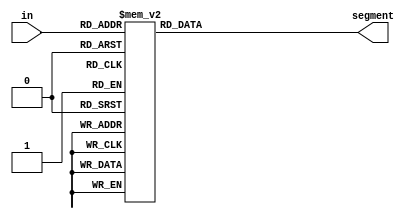
`timescale 1ns / 1ps
//////////////////////////////////////////////////////////////////////////////////
// Company: 
// Engineer: 
// 
// Design Name: 
// Module Name: seven_segment_decoder
// Project Name: 
// Target Devices: 
// Tool Versions: 
// Description: 
// 
// Dependencies: 
// 
// Revision:
// Revision 0.01 - File Created
// Additional Comments:
// 
//////////////////////////////////////////////////////////////////////////////////

module seven_segment_decoder(in, segment);
    input[3:0] in;
    output[6:0] segment;
    reg[6:0] segment; 
    
    always@(*)begin
        case(in)
            4'b0000: segment =7'b0000001; //0
            4'b0001: segment = 7'b1001111;//1
            4'b0010: segment = 7'b0010010;//2
            4'b0011: segment = 7'b0000110;//3
            4'b0100: segment = 7'b1001100;//4
            4'b0101: segment = 7'b0100100;//5
            4'b0110: segment = 7'b0100000;//6
            4'b0111: segment = 7'b0001111;//7
            4'b1000: segment = 7'b0000000;//8
            4'b1001: segment = 7'b0001100;//9
            4'b1010: segment = 7'b0001000;//A
            4'b1011: segment = 7'b1100000;//b
            4'b1100: segment = 7'b0110001;//c
            4'b1101: segment = 7'b1000010;//d
            4'b1110: segment = 7'b0110000;//e
            4'b1111: segment = 7'b0111000;//f
        endcase
     end//always
 
endmodule